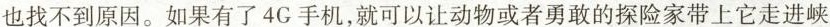
也找不到原因。如果有了4G手机，就可以让动物或者勇敢的探险家带上它走进峡